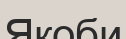
Якоби